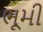
ભૂમી